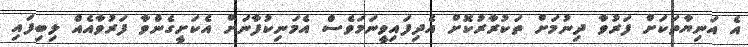
އެ އަނިޔާތަކަށް ފަރުވާ ދިނުމަށް ތަކުރާރުކޮށް އެދިފައިވީނަމަވެސް އެމަނިކުފާނަށް އެކަށީގެންވާ ފަރުވާއެއް ލިބިފައި